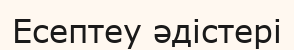
Есептеу әдістері